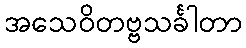
အသေဝိတဗ္ဗသင်္ခါတာ